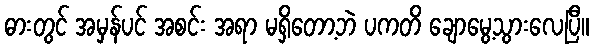
ဓားတွင် အမှန်ပင် အစင်း အရာ မရှိတော့ဘဲ ပကတိ ချောမွေ့သွားလေပြီ။